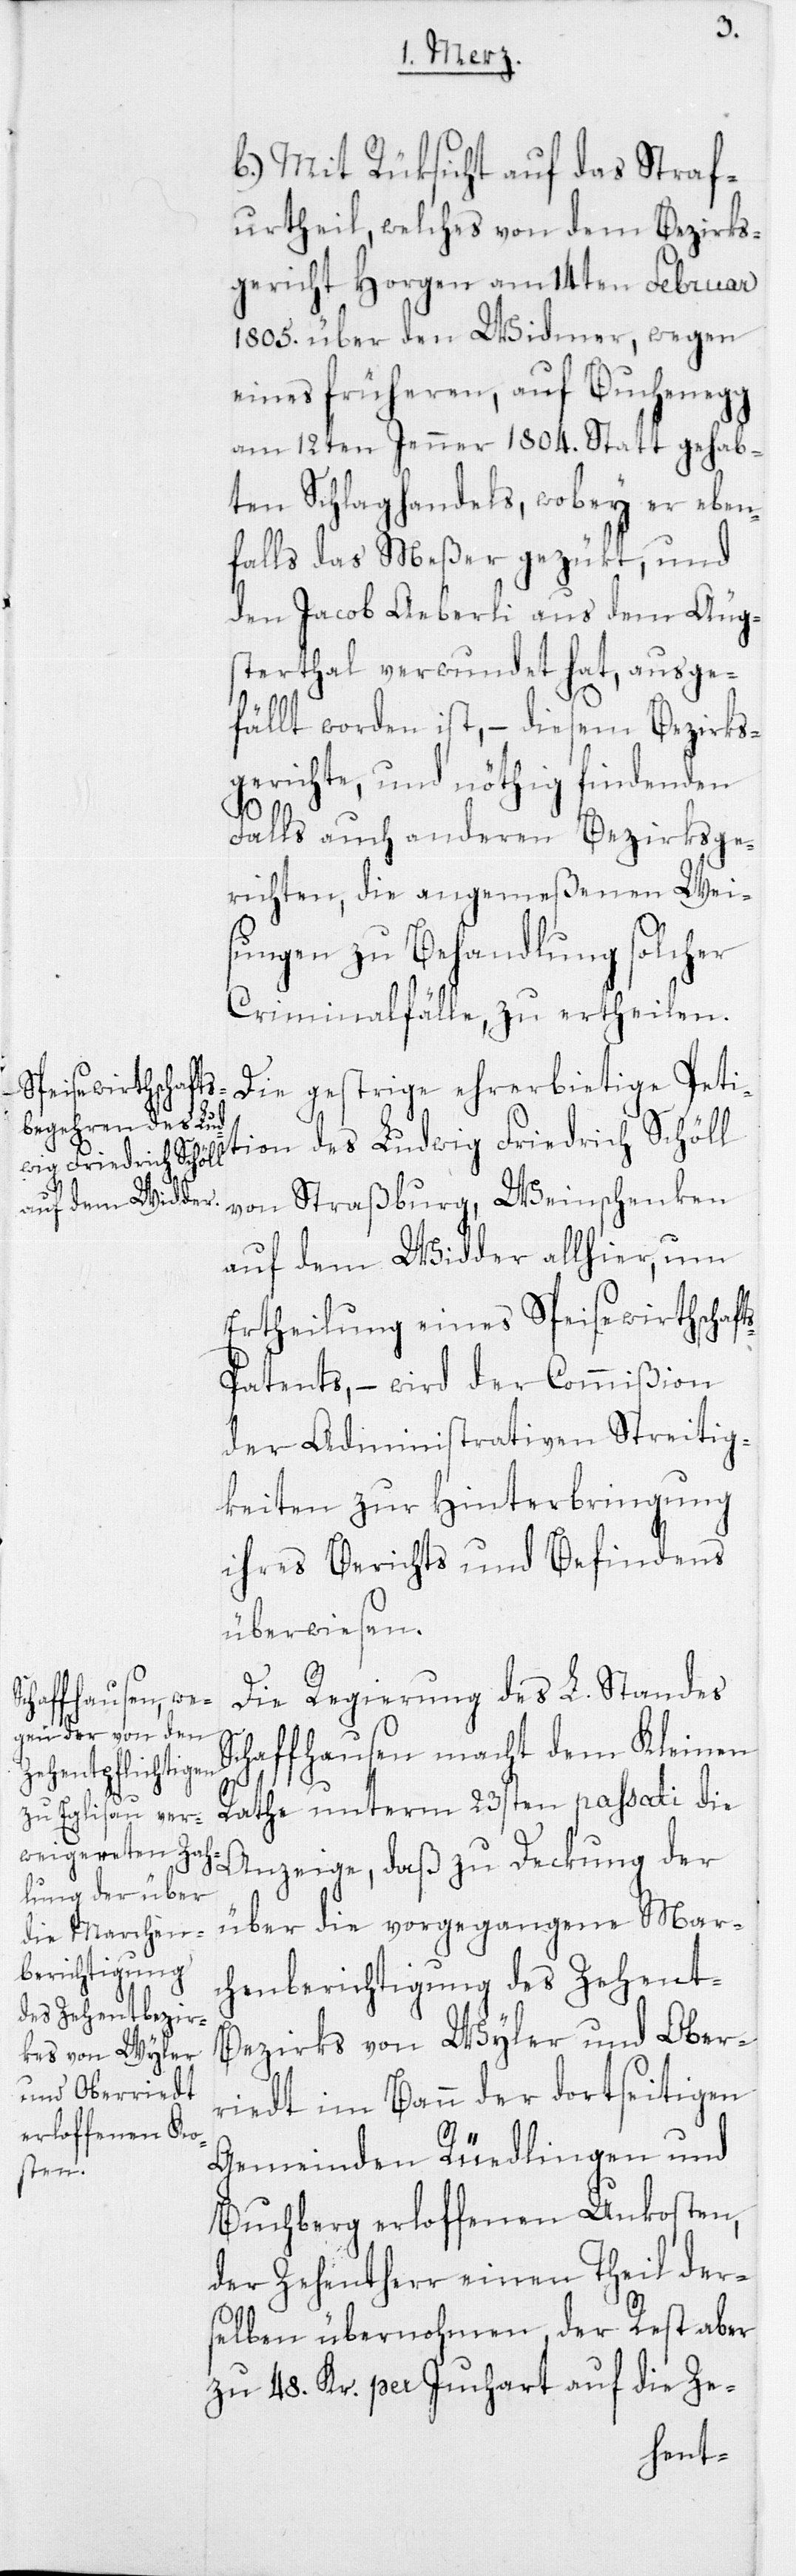
b) Mit Rüksicht auf das Straf¬
urtheil, welches von dem Bezirks¬
gericht Horgen am 14ten Februar
1805. über den Widmer, wegen
eines früheren, auf Buchenegg
am 12ten Jenner 1804. Statt gehab¬
ten Schlaghandels, wobey er eben¬
falls das Meßer gezükt, und
den Jacob Aeberli aus dem Äugs¬
terthal verwundet hat, ausge¬
fällt worden ist, – diesem Bezirks¬
gerichte, und nöthig findenden
Falls auch anderen Bezirksge¬
richten, die angemeßenen Wei¬
sungen zu Behandlung solcher
Criminalfälle, zu ertheilen.
Die gestrige ehrerbietige Peti¬
tion des Ludwig Friedrich Schöll
von Straßburg, Weinschenken
auf dem Widder allhier, um
Ertheilung eines Speisewirthschaft¬
s-Patents, – wird der Commißion
der Administrativen Streitig¬
keiten zur Hinterbringung
ihres Berichts und Befindens
überwiesen.
Die Regierung des L. Standes
Schaffhausen macht dem Kleinen
Rathe unterm 23sten passati die
Anzeige, daß zu Deckung der
über die vorgegangene Mar¬
chenberichtigung des Zehent-B¬
ezirks von Wyler und Ober¬
riedt im Bann der dortseitigen
Gemeinden Rüedlingen und
Buchberg erloffenen Unkosten,
der Zehentherr einen Theil der¬
selben übernohmen, der Rest aber
zu 48. Kr. per Juchart auf die Ze-